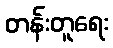
တန်းတူရေး